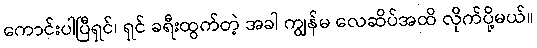
ကောင်းပါပြီရှင်၊ ရှင် ခရီးထွက်တဲ့ အခါ ကျွန်မ လေဆိပ်အထိ လိုက်ပို့မယ်။